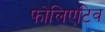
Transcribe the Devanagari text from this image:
फोलिएटिव